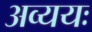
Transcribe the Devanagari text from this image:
अव्ययः